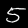
Digit: 5